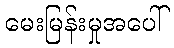
မေးမြန်းမှုအပေါ်